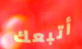
أتبعك